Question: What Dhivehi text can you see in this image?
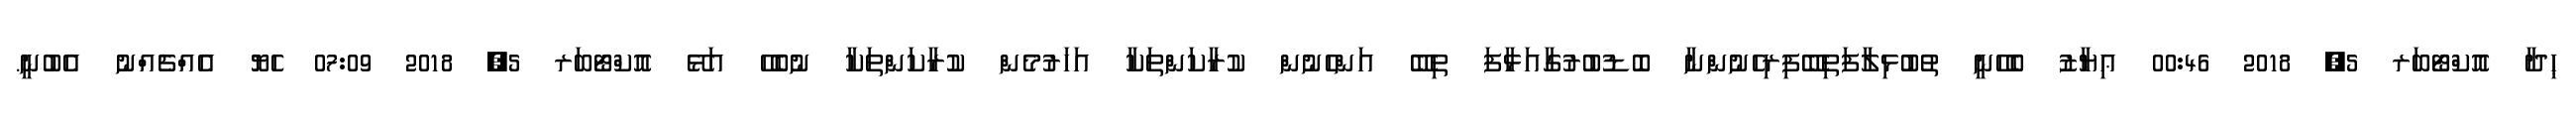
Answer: ޙިދާ އޮކްޓޯބަރ 5, 2018 00:46 ޢިޔާޒު ބެހޭނީ ތުބުޅިލާފަތިބޭފިރިހެނުންނާ ބޮޑުބުރުގާއަޅާފަ ތިބޭ އަންހެނުން ކުރާކަންތަކާ އަހަރުމެން ކުރާކަންތަކާ ނުބެހޭ އަޅޭ އޮކްޓޯބަރ 5, 2018 07:09 ހެޔޮ އެއްޗެއްނު އެބުނީ.